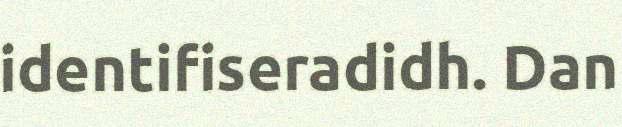
identifiseradidh. Dan